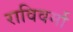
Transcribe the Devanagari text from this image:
राविवर्मा